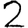
Digit: 2